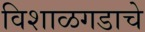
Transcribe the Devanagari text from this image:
विशाळगडाचे